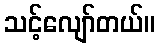
သင့်လျော်တယ်။